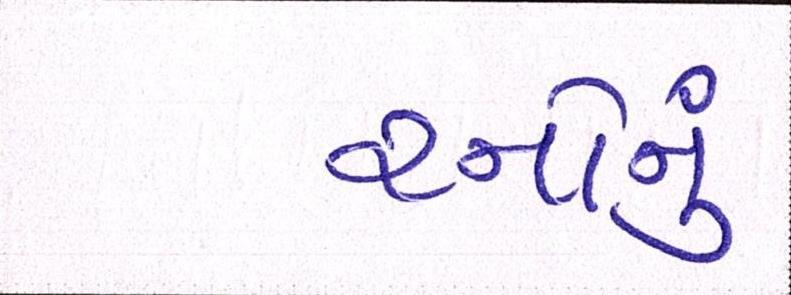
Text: રનોનું